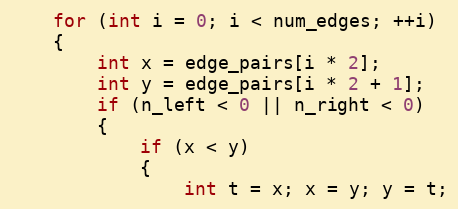
Language: C++
    for (int i = 0; i < num_edges; ++i)
    {
        int x = edge_pairs[i * 2];
        int y = edge_pairs[i * 2 + 1];
        if (n_left < 0 || n_right < 0)
        {
            if (x < y)
            {
                int t = x; x = y; y = t;